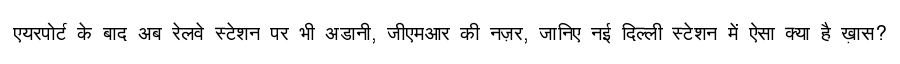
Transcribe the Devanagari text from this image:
एयरपोर्ट के बाद अब रेलवे स्टेशन पर भी अडानी, जीएमआर की नज़र, जानिए नई दिल्ली स्टेशन में ऐसा क्या है ख़ास?